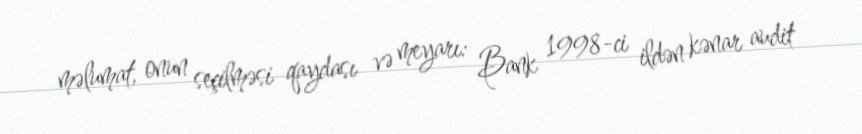
məlumat, onun seçilməsi qaydası və meyarı: Bank 1998-ci ildən kənar audit